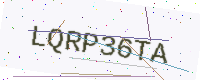
Text: LQRP36TA